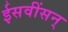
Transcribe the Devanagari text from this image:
ईसवींसन्